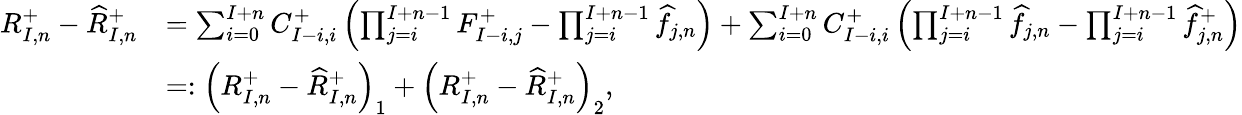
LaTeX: \begin{array}{rl}{R_{I,n}^{+}-\widehat{R}_{I,n}^{+}}&{=\sum_{i=0}^{I+n}C_{I-i,i}^{+}\left(\prod_{j=i}^{I+n-1}F_{I-i,j}^{+}-\prod_{j=i}^{I+n-1}\widehat{f}_{j,n}\right)+\sum_{i=0}^{I+n}C_{I-i,i}^{+}\left(\prod_{j=i}^{I+n-1}\widehat{f}_{j,n}-\prod_{j=i}^{I+n-1}\widehat{f}_{j,n}^{+}\right)}\\ &{=:\left(R_{I,n}^{+}-\widehat{R}_{I,n}^{+}\right)_{1}+\left(R_{I,n}^{+}-\widehat{R}_{I,n}^{+}\right)_{2},}\end{array}